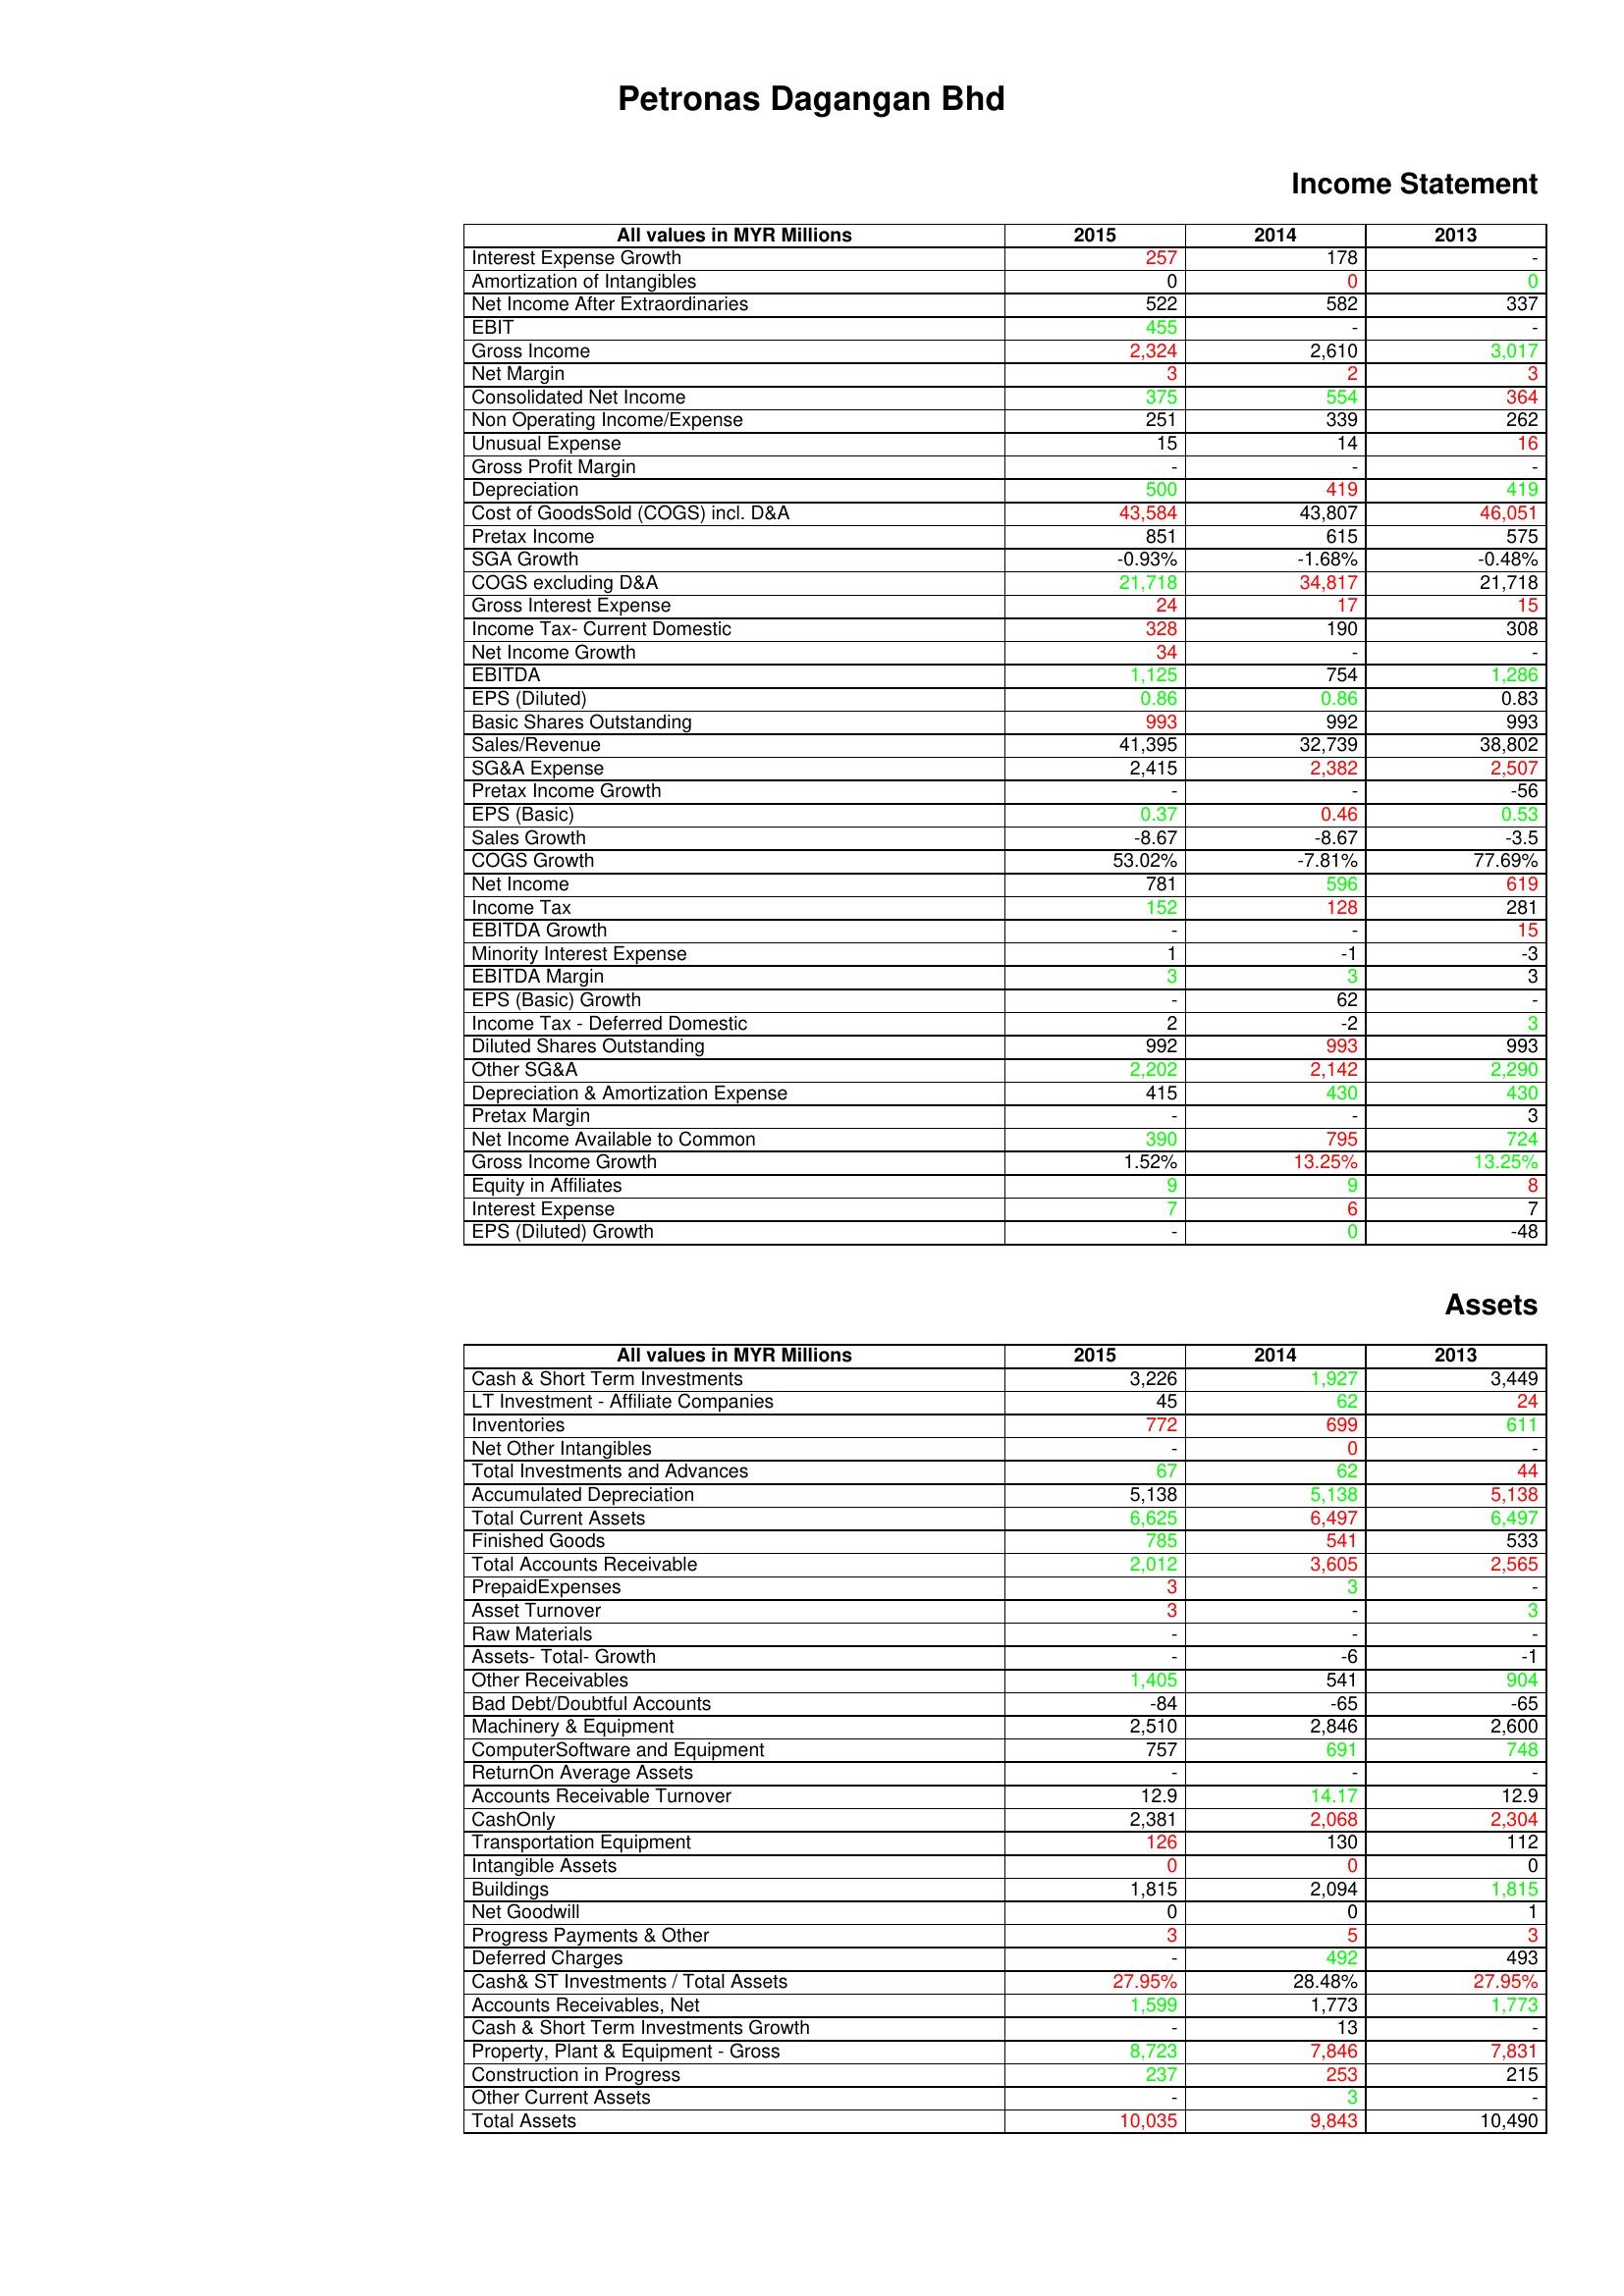
gt_parse: 2015: Income Statement: Interest Expense Growth: 257
Amortization of Intangibles: 0
Net Income After Extraordinaries: 522
EBIT: 455
Gross Income: 2,324
Net Margin: 3
Consolidated Net Income: 375
Non Operating Income/Expense: 251
Unusual Expense: 15
Gross Profit Margin: -
Depreciation: 500
Cost of GoodsSold (COGS) incl. D&A: 43,584
Pretax Income: 851
SGA Growth: -0.93%
COGS excluding D&A: 21,718
Gross Interest Expense: 24
Income Tax- Current Domestic: 328
Net Income Growth: 34
EBITDA: 1,125
EPS (Diluted): 0.86
Basic Shares Outstanding: 993
Sales/Revenue: 41,395
SG&A Expense: 2,415
Pretax Income Growth: -
EPS (Basic): 0.37
Sales Growth: -8.67
COGS Growth: 53.02%
Net Income: 781
Income Tax: 152
EBITDA Growth: -
Minority Interest Expense: 1
EBITDA Margin: 3
EPS (Basic) Growth: -
Income Tax - Deferred Domestic: 2
Diluted Shares Outstanding: 992
Other SG&A: 2,202
Depreciation & Amortization Expense: 415
Pretax Margin: -
Net Income Available to Common: 390
Gross Income Growth: 1.52%
Equity in Affiliates: 9
Interest Expense: 7
EPS (Diluted) Growth: -
Assets: Cash & Short Term Investments: 3,226
LT Investment - Affiliate Companies: 45
Inventories: 772
Net Other Intangibles: -
Total Investments and Advances: 67
Accumulated Depreciation: 5,138
Total Current Assets: 6,625
Finished Goods: 785
Total Accounts Receivable: 2,012
PrepaidExpenses: 3
Asset Turnover: 3
Raw Materials: -
Assets- Total- Growth: -
Other Receivables: 1,405
Bad Debt/Doubtful Accounts: -84
Machinery & Equipment: 2,510
ComputerSoftware and Equipment: 757
ReturnOn Average Assets: -
Accounts Receivable Turnover: 12.9
CashOnly: 2,381
Transportation Equipment: 126
Intangible Assets: 0
Buildings: 1,815
Net Goodwill: 0
Progress Payments & Other: 3
Deferred Charges: -
Cash& ST Investments / Total Assets: 27.95%
Accounts Receivables, Net: 1,599
Cash & Short Term Investments Growth: -
Property, Plant & Equipment - Gross : 8,723
Construction in Progress: 237
Other Current Assets: -
Total Assets: 10,035
2014: Income Statement: Interest Expense Growth: 178
Amortization of Intangibles: 0
Net Income After Extraordinaries: 582
EBIT: -
Gross Income: 2,610
Net Margin: 2
Consolidated Net Income: 554
Non Operating Income/Expense: 339
Unusual Expense: 14
Gross Profit Margin: -
Depreciation: 419
Cost of GoodsSold (COGS) incl. D&A: 43,807
Pretax Income: 615
SGA Growth: -1.68%
COGS excluding D&A: 34,817
Gross Interest Expense: 17
Income Tax- Current Domestic: 190
Net Income Growth: -
EBITDA: 754
EPS (Diluted): 0.86
Basic Shares Outstanding: 992
Sales/Revenue: 32,739
SG&A Expense: 2,382
Pretax Income Growth: -
EPS (Basic): 0.46
Sales Growth: -8.67
COGS Growth: -7.81%
Net Income: 596
Income Tax: 128
EBITDA Growth: -
Minority Interest Expense: -1
EBITDA Margin: 3
EPS (Basic) Growth: 62
Income Tax - Deferred Domestic: -2
Diluted Shares Outstanding: 993
Other SG&A: 2,142
Depreciation & Amortization Expense: 430
Pretax Margin: -
Net Income Available to Common: 795
Gross Income Growth: 13.25%
Equity in Affiliates: 9
Interest Expense: 6
EPS (Diluted) Growth: 0
Assets: Cash & Short Term Investments: 1,927
LT Investment - Affiliate Companies: 62
Inventories: 699
Net Other Intangibles: 0
Total Investments and Advances: 62
Accumulated Depreciation: 5,138
Total Current Assets: 6,497
Finished Goods: 541
Total Accounts Receivable: 3,605
PrepaidExpenses: 3
Asset Turnover: -
Raw Materials: -
Assets- Total- Growth: -6
Other Receivables: 541
Bad Debt/Doubtful Accounts: -65
Machinery & Equipment: 2,846
ComputerSoftware and Equipment: 691
ReturnOn Average Assets: -
Accounts Receivable Turnover: 14.17
CashOnly: 2,068
Transportation Equipment: 130
Intangible Assets: 0
Buildings: 2,094
Net Goodwill: 0
Progress Payments & Other: 5
Deferred Charges: 492
Cash& ST Investments / Total Assets: 28.48%
Accounts Receivables, Net: 1,773
Cash & Short Term Investments Growth: 13
Property, Plant & Equipment - Gross : 7,846
Construction in Progress: 253
Other Current Assets: 3
Total Assets: 9,843
2013: Income Statement: Interest Expense Growth: -
Amortization of Intangibles: 0
Net Income After Extraordinaries: 337
EBIT: -
Gross Income: 3,017
Net Margin: 3
Consolidated Net Income: 364
Non Operating Income/Expense: 262
Unusual Expense: 16
Gross Profit Margin: -
Depreciation: 419
Cost of GoodsSold (COGS) incl. D&A: 46,051
Pretax Income: 575
SGA Growth: -0.48%
COGS excluding D&A: 21,718
Gross Interest Expense: 15
Income Tax- Current Domestic: 308
Net Income Growth: -
EBITDA: 1,286
EPS (Diluted): 0.83
Basic Shares Outstanding: 993
Sales/Revenue: 38,802
SG&A Expense: 2,507
Pretax Income Growth: -56
EPS (Basic): 0.53
Sales Growth: -3.5
COGS Growth: 77.69%
Net Income: 619
Income Tax: 281
EBITDA Growth: 15
Minority Interest Expense: -3
EBITDA Margin: 3
EPS (Basic) Growth: -
Income Tax - Deferred Domestic: 3
Diluted Shares Outstanding: 993
Other SG&A: 2,290
Depreciation & Amortization Expense: 430
Pretax Margin: 3
Net Income Available to Common: 724
Gross Income Growth: 13.25%
Equity in Affiliates: 8
Interest Expense: 7
EPS (Diluted) Growth: -48
Assets: Cash & Short Term Investments: 3,449
LT Investment - Affiliate Companies: 24
Inventories: 611
Net Other Intangibles: -
Total Investments and Advances: 44
Accumulated Depreciation: 5,138
Total Current Assets: 6,497
Finished Goods: 533
Total Accounts Receivable: 2,565
PrepaidExpenses: -
Asset Turnover: 3
Raw Materials: -
Assets- Total- Growth: -1
Other Receivables: 904
Bad Debt/Doubtful Accounts: -65
Machinery & Equipment: 2,600
ComputerSoftware and Equipment: 748
ReturnOn Average Assets: -
Accounts Receivable Turnover: 12.9
CashOnly: 2,304
Transportation Equipment: 112
Intangible Assets: 0
Buildings: 1,815
Net Goodwill: 1
Progress Payments & Other: 3
Deferred Charges: 493
Cash& ST Investments / Total Assets: 27.95%
Accounts Receivables, Net: 1,773
Cash & Short Term Investments Growth: -
Property, Plant & Equipment - Gross : 7,831
Construction in Progress: 215
Other Current Assets: -
Total Assets: 10,490